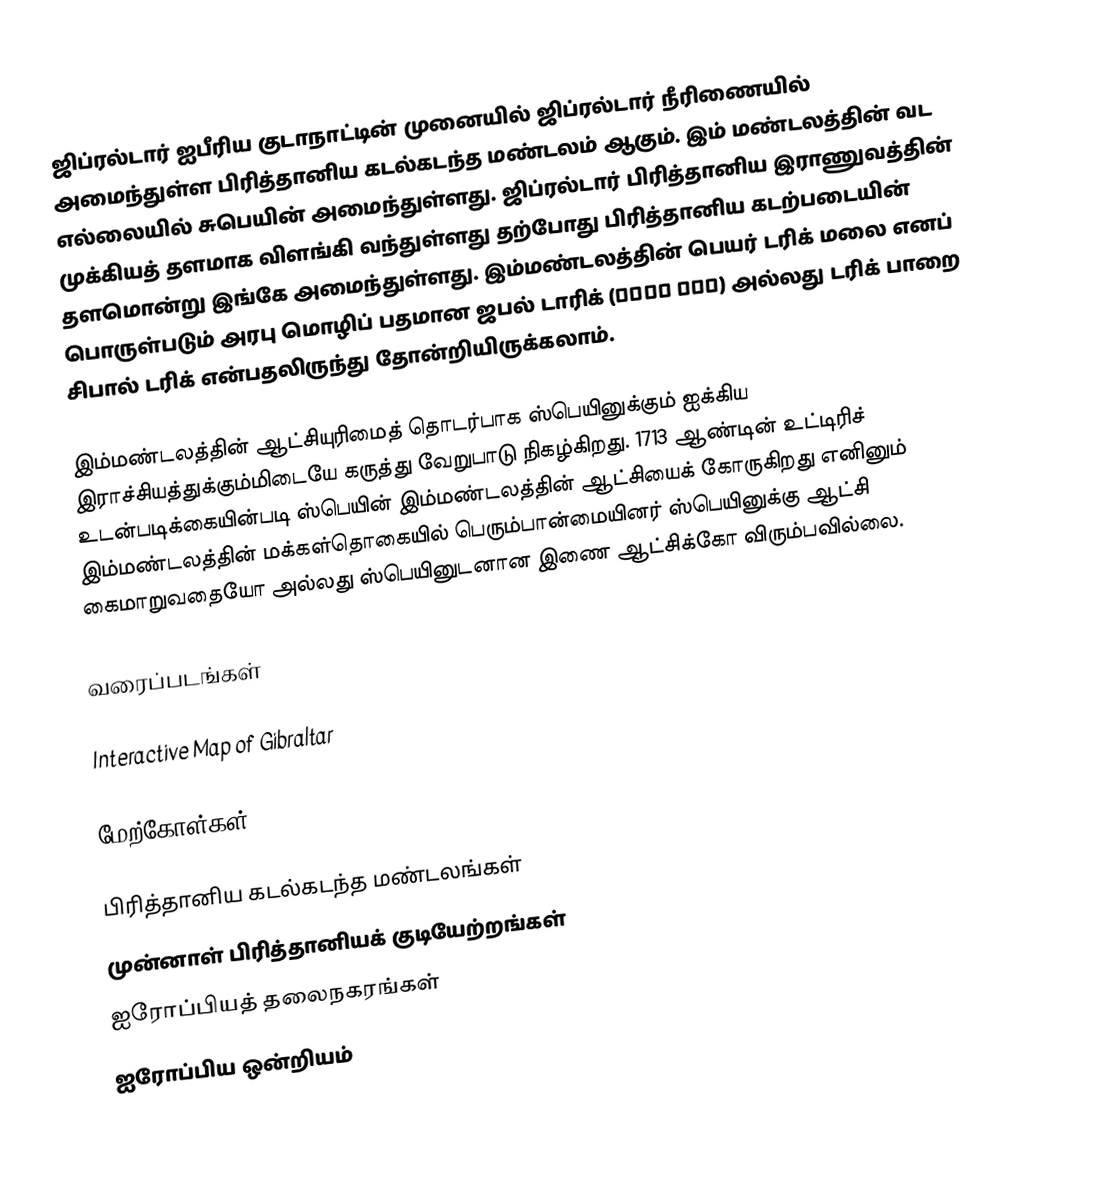
ஜிப்ரல்டார்  ஐபீரிய குடாநாட்டின் முனையில் ஜிப்ரல்டார் நீரிணையில் அமைந்துள்ள பிரித்தானிய கடல்கடந்த மண்டலம் ஆகும். இம் மண்டலத்தின் வட எல்லையில் சுபெயின்  அமைந்துள்ளது. ஜிப்ரல்டார் பிரித்தானிய இராணுவத்தின் முக்கியத் தளமாக விளங்கி வந்துள்ளது தற்போது பிரித்தானிய கடற்படையின் தளமொன்று இங்கே அமைந்துள்ளது. இம்மண்டலத்தின் பெயர் டரிக் மலை எனப் பொருள்படும் அரபு மொழிப் பதமான ஜபல் டாரிக்  (جبل طارق) அல்லது டரிக் பாறை சிபால் டரிக் என்பதலிருந்து தோன்றியிருக்கலாம்.

இம்மண்டலத்தின்  ஆட்சியுரிமைத் தொடர்பாக ஸ்பெயினுக்கும் ஐக்கிய இராச்சியத்துக்கும்மிடையே கருத்து வேறுபாடு நிகழ்கிறது. 1713  ஆண்டின் உட்டிரிச் உடன்படிக்கையின்படி ஸ்பெயின் இம்மண்டலத்தின் ஆட்சியைக் கோருகிறது எனினும் இம்மண்டலத்தின் மக்கள்தொகையில் பெரும்பான்மையினர் ஸ்பெயினுக்கு ஆட்சி கைமாறுவதையோ அல்லது ஸ்பெயினுடனான இணை ஆட்சிக்கோ விரும்பவில்லை.

வரைப்படங்கள்

Interactive Map of Gibraltar

மேற்கோள்கள்

பிரித்தானிய கடல்கடந்த மண்டலங்கள்
முன்னாள் பிரித்தானியக் குடியேற்றங்கள்
ஐரோப்பியத் தலைநகரங்கள்
ஐரோப்பிய ஒன்றியம்